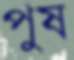
পুষ